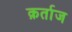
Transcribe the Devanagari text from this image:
क़र्ताज